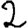
Digit: 2